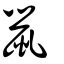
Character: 鼠